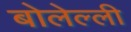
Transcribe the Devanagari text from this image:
बोलेल्ली